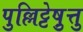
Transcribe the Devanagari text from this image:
पुल्लिट्टेष़ुत्तु